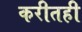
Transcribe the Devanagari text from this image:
करीतही